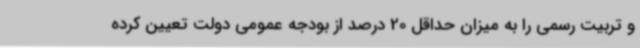
و تربیت رسمی را به میزان حداقل 20 درصد از بودجه عمومی دولت تعیین کرده